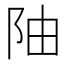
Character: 𫔼